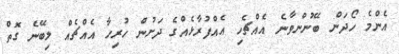
އެންމެ ހޯދަން ބޭނުންވާނެ އެއްޗެހި އެއްފުރާޅެއްގެ ދަށުން ހުރިހާ އެއްޗެއް ލިބޭނެ ގޮތް